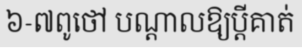
៦-៧ពូថៅ បណ្តាលឱ្យប្តីគាត់